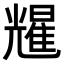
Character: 𫤥